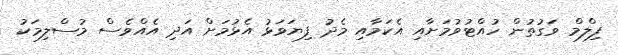
ފިލްމް ވަގުތުން ހުއްޓުވުމަށާއި އެކަމާއި މެދު ފިޔަވަޅު އެޅުމަށް އަދި އެއްވެސް މުސްލިމަކު